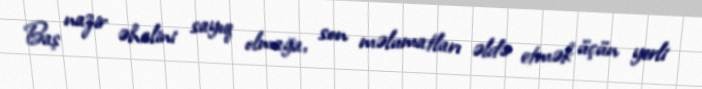
Baş nazir əhalini sayıq olmağa, son məlumatları əldə etmək üçün yerli